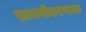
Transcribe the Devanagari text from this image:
खासगीकरणाला